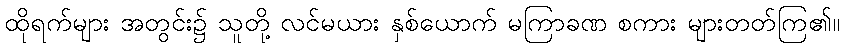
ထိုရက်များ အတွင်း၌ သူတို့ လင်မယား နှစ်ယောက် မကြာခဏ စကား များတတ်ကြ၏။